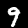
Digit: 9